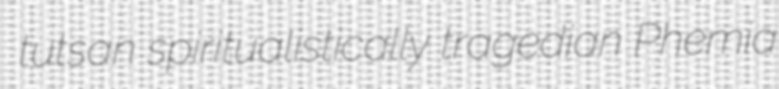
tutsan spiritualistically tragedian Phemia